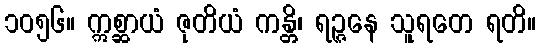
၁၀၅၆။ ဣစ္ဆာယံ ဇုတိယံ ကန္တိ၊ ရဉ္ဇနေ သူရတေ ရတိ။